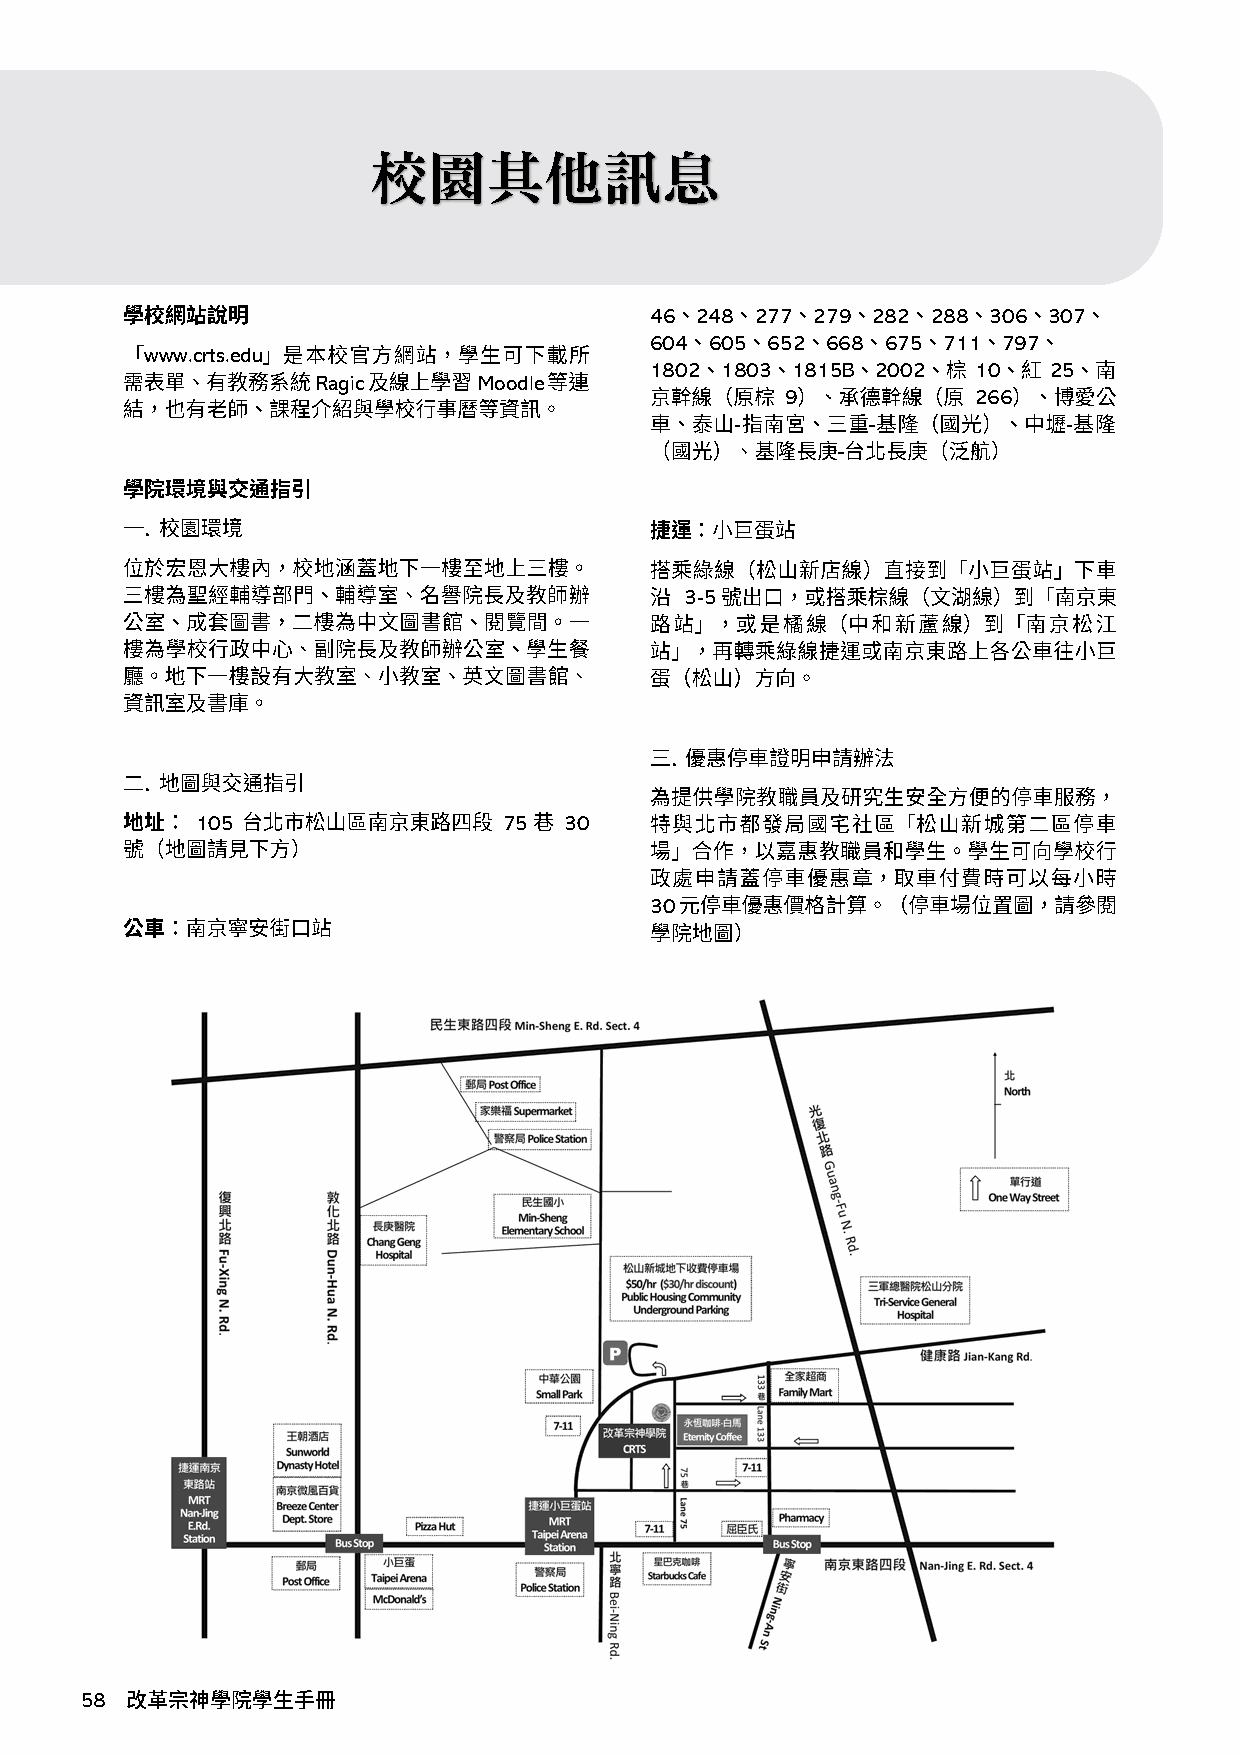
校園其他訊息
 46 248 277 279 282 288 306 307
 604 605 652 668 675 711 797
 www.crts.edu
 1802 1803 1815B 2002  10  25
 Ragic      Moodle
 9           266
 3-5
 105                 75  30
 30
 5 8